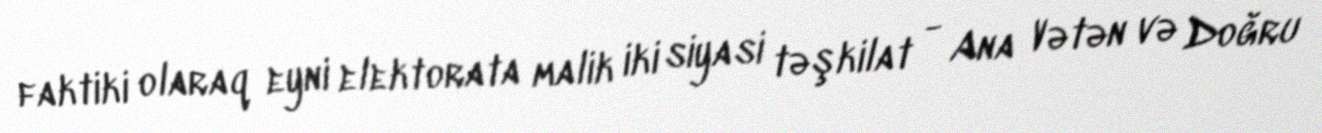
faktiki olaraq eyni elektorata malik iki siyasi təşkilat - Ana Vətən və Doğru